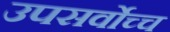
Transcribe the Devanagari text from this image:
उपसर्वोच्च